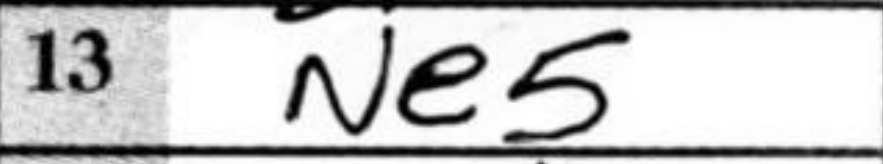
Transcription: Ne5